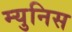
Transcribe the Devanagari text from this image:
म्युनिस